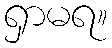
ရှာမရ။